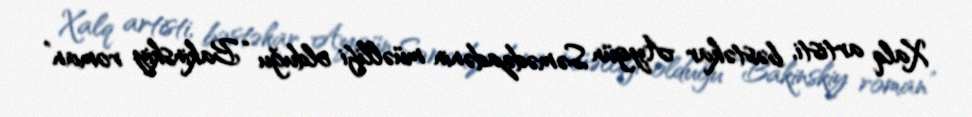
Xalq artisti, bəstəkar Aygün Səmədzadənin müəllifi olduğu “Bakinskiy roman”